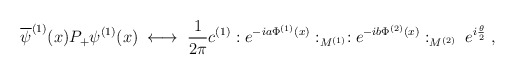
\begin{align*}\overline{\psi}^{(1)}(x) P_+ \psi^{(1)}(x) \; \longleftrightarrow \;\frac{1}{2\pi} c^{(1)} :e^{-ia \Phi^{(1)}(x)}:_{M^{(1)}}:e^{-ib \Phi^{(2)}(x)}:_{M^{(2)}} \; e^{i\frac{\theta}{2}} \; ,\end{align*}